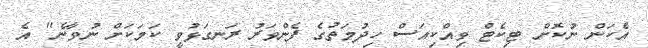
އެކަން ނުކޮށް ޓިކެޓް ވިއްކިއަސް ހިދުމަތުގެ ފެންވަރު ރަނގަޅުވީ ކަމަކަށް ނުވާނެ" އެ